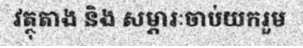
វត្ថុតាង និង សម្ភារៈចាប់យករួម